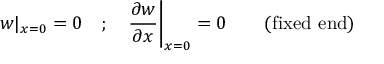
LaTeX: w | _ { x = 0 } = 0 \quad ; \quad { \frac { \partial w } { \partial x } } { \bigg | } _ { x = 0 } = 0 \qquad { \mathrm { ( f i x e d ~ e n d ) } }